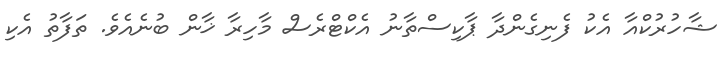
ޝާހުރުކްއާ އެކު ފެނިގެންދާ ޕާކިސްތާނު އެކްޓްރެސް މާހިރާ ޚާން ބުނެއެވެ. ތަފާތު އެކި